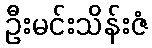
ဦးမင်းသိန်းဇံ